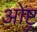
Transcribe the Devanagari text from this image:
ओष्ट्र